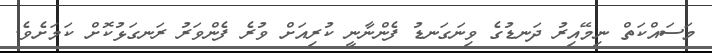
މަސައްކަތް ނިމޭއިރު ދަނޑުގެ ވިނަގަނޑު ފެންނާނީ ކުރިއަށް ވުރެ ފެންވަރު ރަނގަޅުކޮށް ކަމަށެވެ.